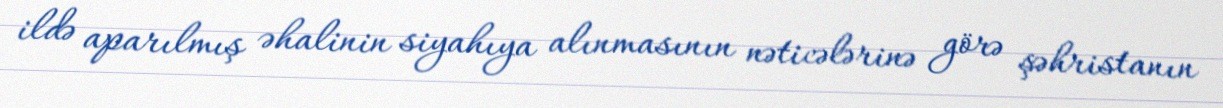
ildə aparılmış əhalinin siyahıya alınmasının nəticələrinə görə şəhristanın